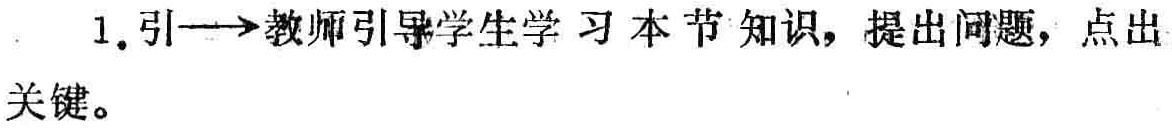
1. 引$\longrightarrow$教师引导学生学习本节知识，提出问题，点出关键。